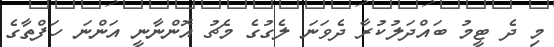
މި ދެ ޓީމު ބައްދަލުކުރާ ދެވަނަ ލެގުގެ މެޗު އޮންނާނީ އަންނަ ހަފްތާގެ